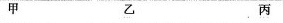
甲 乙 丙